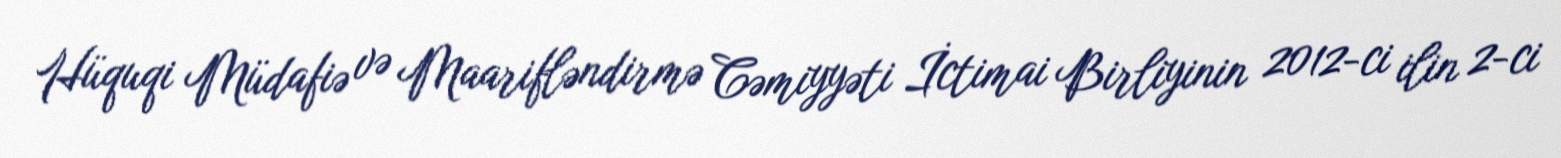
Hüquqi Müdafiə və Maarifləndirmə Cəmiyyəti İctimai Birliyinin 2012-ci ilin 2-ci